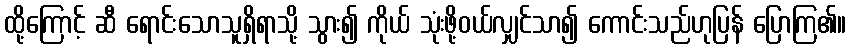
ထို့ကြောင့် ဆီ ရောင်းသောသူရှိရာသို့ သွား၍ ကိုယ် သုံးဖို့ဝယ်လျှင်သာ၍ ကောင်းသည်ဟုပြန် ပြောကြ၏။